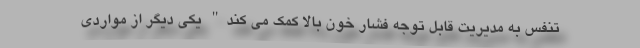
تنفس به مدیریت قابل توجه فشار خون بالا کمک می‌ کند" یکی دیگر از مواردی